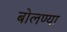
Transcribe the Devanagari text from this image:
बोलण्या